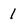
Character: 1